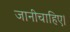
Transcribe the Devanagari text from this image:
जानीचाहिए।